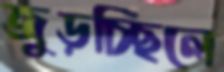
জুড়চ্ছিলে